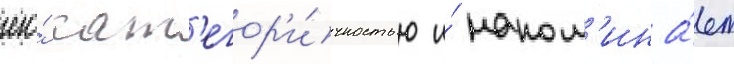
его́ кат'егор'и́чностью и́ напом'ина́ет